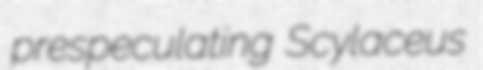
prespeculating Scylaceus